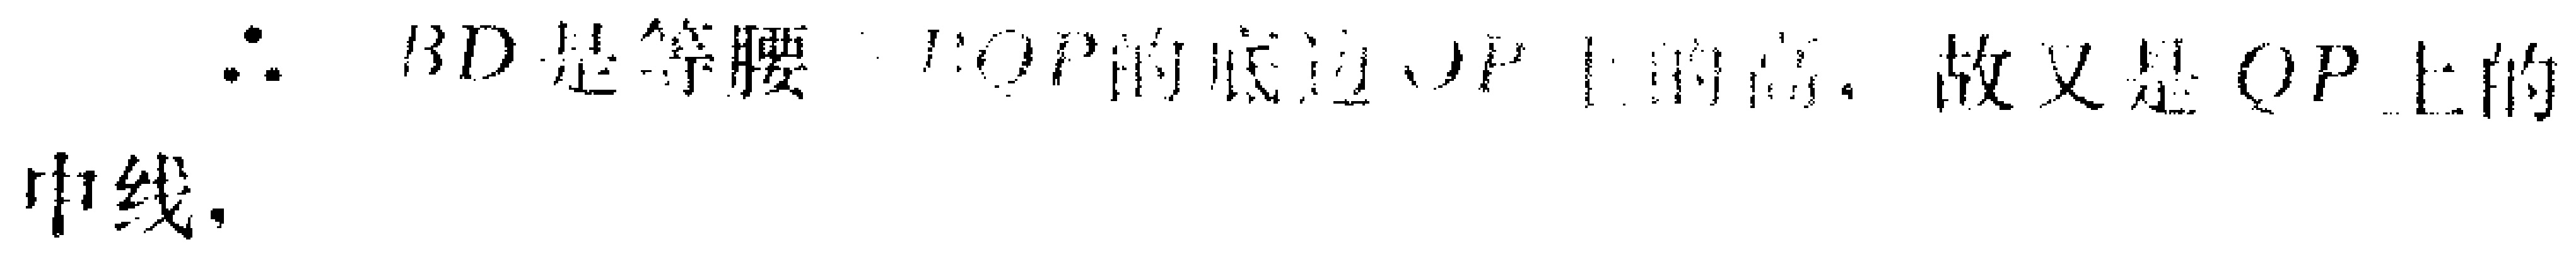
\(\therefore BD是等腰\triangle  \text{的底边}\text{上的高。故又是}OP\text{上的} \\ 中线.\)